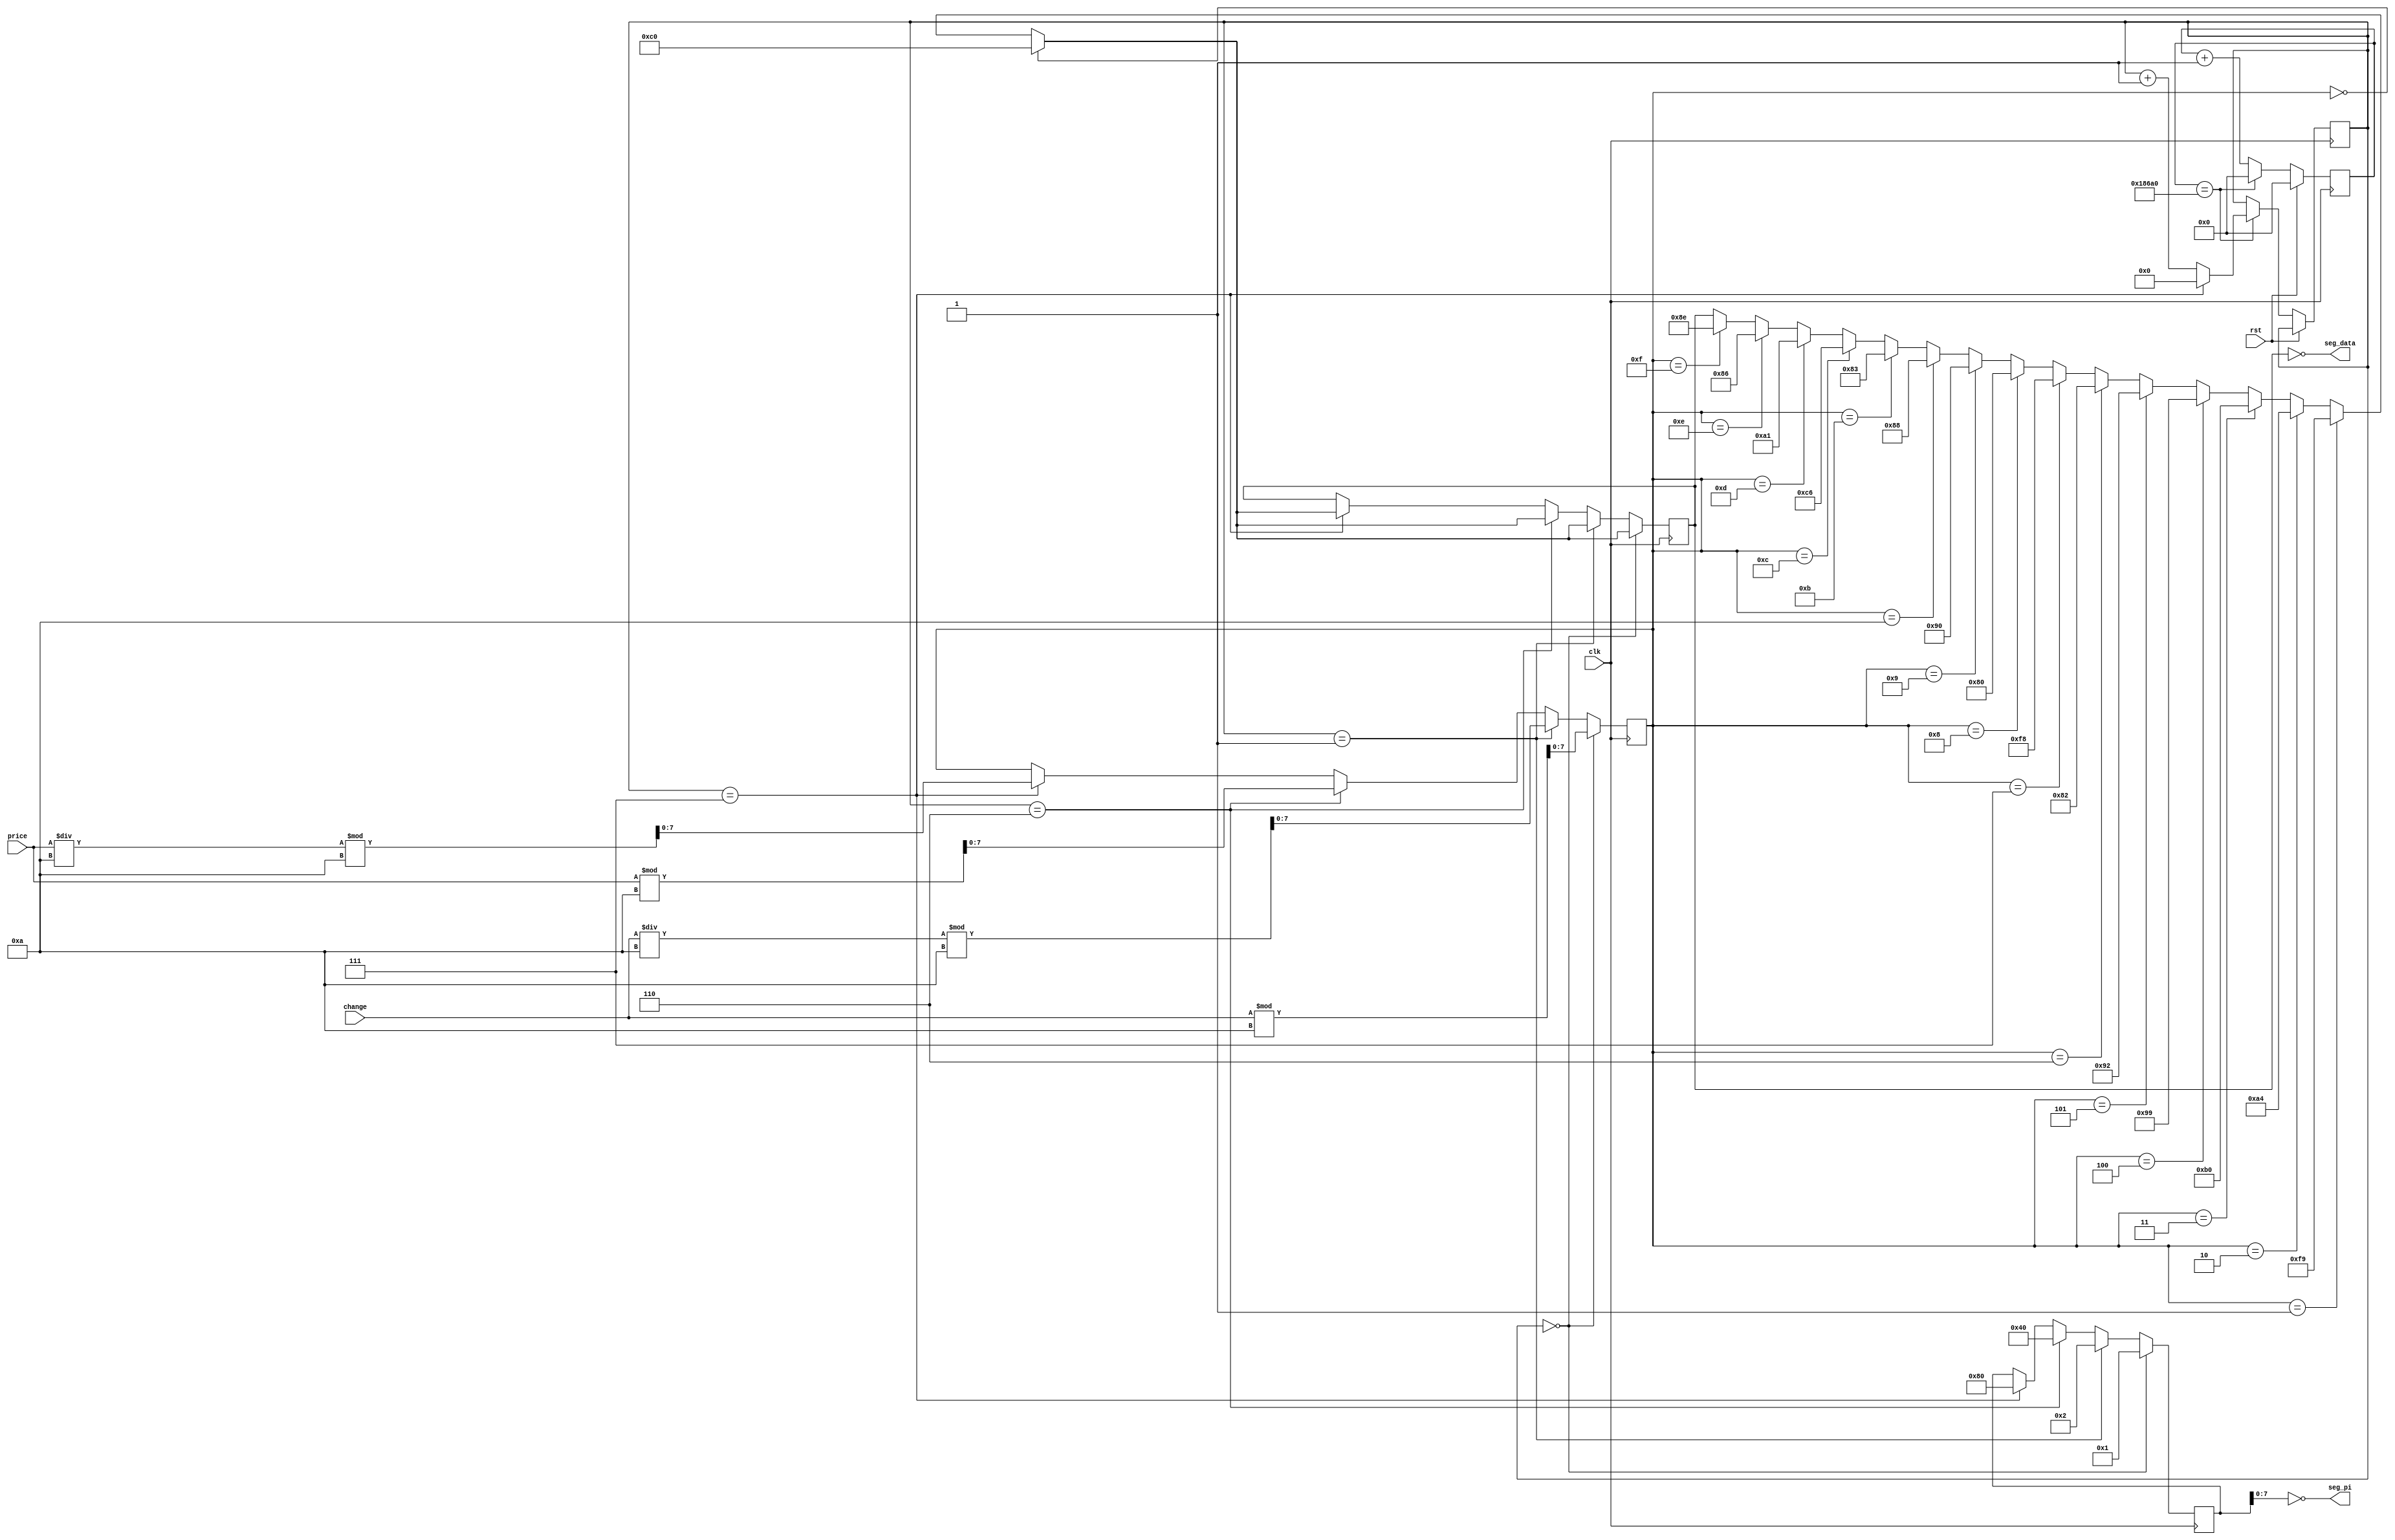
module hex(clk,rst,change,price,seg_pi,seg_data);
    input clk;
    input rst;
    input [4:0]price;
    input [4:0]change;
    output [7:0]seg_pi;
    output [7:0]seg_data;


    reg[31:0]time_cnt2;//2 
    reg[7:0] wei_cnt_clk;//
        // 
    always@(posedge clk)
    begin 
        if(rst==1'b1)
        begin
            time_cnt2<=32'd0;
        end
        else if(time_cnt2==32'd1_00000)
        begin
            time_cnt2<=32'd0;
            if(wei_cnt_clk==8'd7)
            begin
                wei_cnt_clk<=0;
            end
            else
            begin
                wei_cnt_clk<=wei_cnt_clk+1;
            end
        end
        else
        begin
            time_cnt2<=time_cnt2+32'd1;
        end
    end
    reg[7:0] seg_get_data;//  
    reg[8:0] seg_pi_data;//
    reg[7:0] seg_num;// 
    //
    always@(posedge clk)
    begin 	
        if(wei_cnt_clk==8'd0)//0 
        begin
            seg_pi_data<=8'b0000_0001;//0 
           
            seg_num<=change%10;
           
            if(seg_num==8'd0)
            begin
                seg_get_data<=8'b1100_0000;//0
            end
            else if(seg_num==8'd1)
            begin
                seg_get_data<=8'b1111_1001;//1
            end
            else if(seg_num==8'd2)
            begin
                seg_get_data<=8'b1010_0100;
            end
            else if(seg_num==8'd3)
            begin
                seg_get_data<=8'b1011_0000;
            end
            else if(seg_num==8'd4)
            begin
                seg_get_data<=8'b1001_1001;
            end
            else if(seg_num==8'd5)
            begin
                seg_get_data<=8'b1001_0010;
            end
            else if(seg_num==8'd6)
            begin
                seg_get_data<=8'b1000_0010;
            end
            else if(seg_num==8'd7)
            begin
                seg_get_data<=8'b1111_1000;
            end
            else if(seg_num==8'd8)
            begin
                seg_get_data<=8'b1000_0000;
            end
            else if(seg_num==8'd9)
            begin
                seg_get_data<=8'b1001_0000;
            end
            else if(seg_num==8'd10)
            begin
                seg_get_data<=8'b1000_1000;
            end
            else if(seg_num==8'd11)
            begin
                seg_get_data<=8'b1000_0011;
            end
            else if(seg_num==8'd12)
            begin
                seg_get_data<=8'b1100_0110;
            end
            else if(seg_num==8'd13)
            begin
                seg_get_data<=8'b1010_0001;
            end
            else if(seg_num==8'd14)
            begin
                seg_get_data<=8'b1000_0110;
            end
            else if(seg_num==8'd15)
            begin
                seg_get_data<=8'b1000_1110;
            end
        end
        else if(wei_cnt_clk==8'd1)
        begin
            seg_pi_data<=8'b0000_0010;//0

            seg_num<=change/10%10;


            if(seg_num==8'd0)
            begin
                seg_get_data<=8'b1100_0000;
            end
            else if(seg_num==8'd1)
            begin
                seg_get_data<=8'b1111_1001;
            end
            else if(seg_num==8'd2)
            begin
                seg_get_data<=8'b1010_0100;
            end
            else if(seg_num==8'd3)
            begin
                seg_get_data<=8'b1011_0000;
            end
            else if(seg_num==8'd4)
            begin
                seg_get_data<=8'b1001_1001;
            end
            else if(seg_num==8'd5)
            begin
                seg_get_data<=8'b1001_0010;
            end
            else if(seg_num==8'd6)
            begin
                seg_get_data<=8'b1000_0010;
            end
            else if(seg_num==8'd7)
            begin
                seg_get_data<=8'b1111_1000;
            end
            else if(seg_num==8'd8)
            begin
                seg_get_data<=8'b1000_0000;
            end
            else if(seg_num==8'd9)
            begin
                seg_get_data<=8'b1001_0000;
            end
            else if(seg_num==8'd10)
            begin
                seg_get_data<=8'b1000_1000;
            end
            else if(seg_num==8'd11)
            begin
                seg_get_data<=8'b1000_0011;
            end
            else if(seg_num==8'd12)
            begin
                seg_get_data<=8'b1100_0110;
            end
            else if(seg_num==8'd13)
            begin
                seg_get_data<=8'b1010_0001;
            end
            else if(seg_num==8'd14)
            begin
                seg_get_data<=8'b1000_0110;
            end
            else if(seg_num==8'd15)
            begin
                seg_get_data<=8'b1000_1110;
            end
        end
        else if(wei_cnt_clk==8'd6)
        begin
            seg_pi_data<=8'b0100_0000;//0

            seg_num<=price%10;


            if(seg_num==8'd0)
            begin
                seg_get_data<=8'b1100_0000;
            end
            else if(seg_num==8'd1)
            begin
                seg_get_data<=8'b1111_1001;
            end
            else if(seg_num==8'd2)
            begin
                seg_get_data<=8'b1010_0100;
            end
            else if(seg_num==8'd3)
            begin
                seg_get_data<=8'b1011_0000;
            end
            else if(seg_num==8'd4)
            begin
                seg_get_data<=8'b1001_1001;
            end
            else if(seg_num==8'd5)
            begin
                seg_get_data<=8'b1001_0010;
            end
            else if(seg_num==8'd6)
            begin
                seg_get_data<=8'b1000_0010;
            end
            else if(seg_num==8'd7)
            begin
                seg_get_data<=8'b1111_1000;
            end
            else if(seg_num==8'd8)
            begin
                seg_get_data<=8'b1000_0000;
            end
            else if(seg_num==8'd9)
            begin
                seg_get_data<=8'b1001_0000;
            end
            else if(seg_num==8'd10)
            begin
                seg_get_data<=8'b1000_1000;
            end
            else if(seg_num==8'd11)
            begin
                seg_get_data<=8'b1000_0011;
            end
            else if(seg_num==8'd12)
            begin
                seg_get_data<=8'b1100_0110;
            end
            else if(seg_num==8'd13)
            begin
                seg_get_data<=8'b1010_0001;
            end
            else if(seg_num==8'd14)
            begin
                seg_get_data<=8'b1000_0110;
            end
            else if(seg_num==8'd15)
            begin
                seg_get_data<=8'b1000_1110;
            end
        end
		  
		  else if(wei_cnt_clk==8'd7)
        begin
            seg_pi_data<=8'b1000_0000;//0

            seg_num<=price/10%10;


            if(seg_num==8'd0)
            begin
                seg_get_data<=8'b1100_0000;
            end
            else if(seg_num==8'd1)
            begin
                seg_get_data<=8'b1111_1001;
            end
            else if(seg_num==8'd2)
            begin
                seg_get_data<=8'b1010_0100;
            end
            else if(seg_num==8'd3)
            begin
                seg_get_data<=8'b1011_0000;
            end
            else if(seg_num==8'd4)
            begin
                seg_get_data<=8'b1001_1001;
            end
            else if(seg_num==8'd5)
            begin
                seg_get_data<=8'b1001_0010;
            end
            else if(seg_num==8'd6)
            begin
                seg_get_data<=8'b1000_0010;
            end
            else if(seg_num==8'd7)
            begin
                seg_get_data<=8'b1111_1000;
            end
            else if(seg_num==8'd8)
            begin
                seg_get_data<=8'b1000_0000;
            end
            else if(seg_num==8'd9)
            begin
                seg_get_data<=8'b1001_0000;
            end
            else if(seg_num==8'd10)
            begin
                seg_get_data<=8'b1000_1000;
            end
            else if(seg_num==8'd11)
            begin
                seg_get_data<=8'b1000_0011;
            end
            else if(seg_num==8'd12)
            begin
                seg_get_data<=8'b1100_0110;
            end
            else if(seg_num==8'd13)
            begin
                seg_get_data<=8'b1010_0001;
            end
            else if(seg_num==8'd14)
            begin
                seg_get_data<=8'b1000_0110;
            end
            else if(seg_num==8'd15)
            begin
                seg_get_data<=8'b1000_1110;
            end
        end
    end
    assign seg_data=~seg_get_data;
    assign seg_pi=~seg_pi_data;
    endmodule